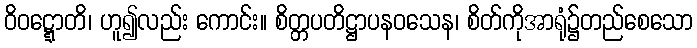
ဝိဝဋ္ဋောတိ၊ ဟူ၍လည်း ကောင်း။ စိတ္တပတိဋ္ဌာပနဝသေန၊ စိတ်ကိုအာရုံ၌တည်စေသော